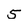
Character: 5